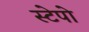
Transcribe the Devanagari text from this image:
स्टेपो